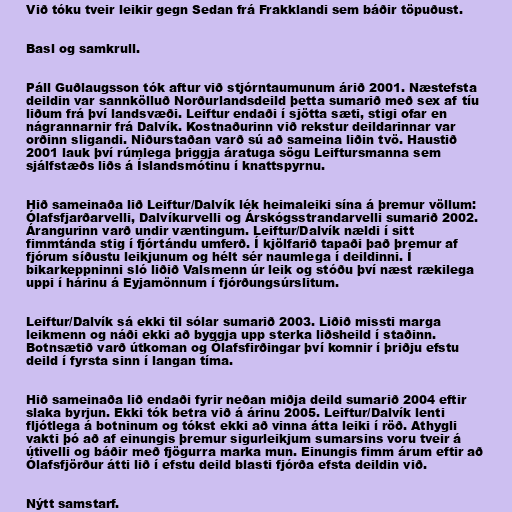
Við tóku tveir leikir gegn Sedan frá Frakklandi sem báðir töpuðust.

Basl og samkrull.

Páll Guðlaugsson tók aftur við stjórntaumunum árið 2001. Næstefsta
deildin var sannkölluð Norðurlandsdeild þetta sumarið með sex af tíu
liðum frá því landsvæði. Leiftur endaði í sjötta sæti, stigi ofar en
nágrannarnir frá Dalvík. Kostnaðurinn við rekstur deildarinnar var
orðinn sligandi. Niðurstaðan varð sú að sameina liðin tvö. Haustið
2001 lauk því rúmlega þriggja áratuga sögu Leiftursmanna sem
sjálfstæðs liðs á Íslandsmótinu í knattspyrnu.

Hið sameinaða lið Leiftur/Dalvík lék heimaleiki sína á þremur völlum:
Ólafsfjarðarvelli, Dalvíkurvelli og Árskógsstrandarvelli sumarið 2002.
Árangurinn varð undir væntingum. Leiftur/Dalvík nældi í sitt
fimmtánda stig í fjórtándu umferð. Í kjölfarið tapaði það þremur af
fjórum síðustu leikjunum og hélt sér naumlega í deildinni. Í
bikarkeppninni sló liðið Valsmenn úr leik og stóðu því næst rækilega
uppi í hárinu á Eyjamönnum í fjórðungsúrslitum.

Leiftur/Dalvík sá ekki til sólar sumarið 2003. Liðið missti marga
leikmenn og náði ekki að byggja upp sterka liðsheild í staðinn.
Botnsætið varð útkoman og Ólafsfirðingar því komnir í þriðju efstu
deild í fyrsta sinn í langan tíma.

Hið sameinaða lið endaði fyrir neðan miðja deild sumarið 2004 eftir
slaka byrjun. Ekki tók betra við á árinu 2005. Leiftur/Dalvík lenti
fljótlega á botninum og tókst ekki að vinna átta leiki í röð. Athygli
vakti þó að af einungis þremur sigurleikjum sumarsins voru tveir á
útivelli og báðir með fjögurra marka mun. Einungis fimm árum eftir að
Ólafsfjörður átti lið í efstu deild blasti fjórða efsta deildin við.

Nýtt samstarf.